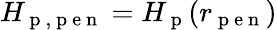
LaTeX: H_{\mathrm{~p~,~p~e~n~}}=H_{\mathrm{~p~}}(r_{\mathrm{~p~e~n~}})